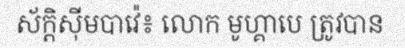
ស័ក្តិស៊ីមបាវ៉េ៖ លោក មូហ្គាបេ ត្រូវបាន